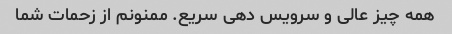
همه چیز عالی و سرویس دهی سریع. ممنونم از زحمات شما